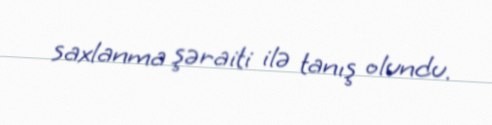
saxlanma şəraiti ilə tanış olundu.